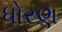
ધોરણ